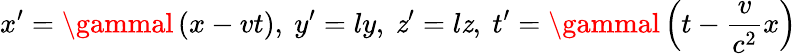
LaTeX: x^{\prime}=\gammal\left(x-vt\right),\ y^{\prime}=ly,\ \mathit{z}^{\prime}=l\mathit{z},\ t^{\prime}=\gammal\left(t-{\frac{{v}}{{c^{2}}}}x\right)